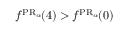
f ^ { \operatorname { P R } _ { \alpha } \! } ( 4 ) > f ^ { \operatorname { P R } _ { \alpha } \! } ( 0 )